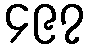
၄၉၇